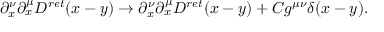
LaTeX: \partial _ { x } ^ { \nu } \partial _ { x } ^ { \mu } D ^ { r e t } ( x - y ) \rightarrow \partial _ { x } ^ { \nu } \partial _ { x } ^ { \mu } D ^ { r e t } ( x - y ) + C g ^ { \mu \nu } \delta ( x - y ) .